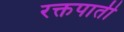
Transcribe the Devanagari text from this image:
रक्तपाती